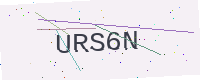
Text: URS6N